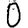
Digit: 0